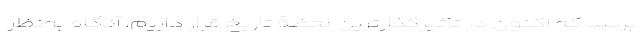
برسد که اکنون در تأثیر‌گذارترین لحظۀ تاریخ قرار داریم، آنگاه به‌نظر